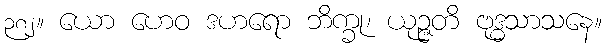
၃၈၂။ ယော ဟေဝ ဒဟရော ဘိက္ခု၊ ယုဉ္ဇတိ ဗုဒ္ဓသာသနေ။